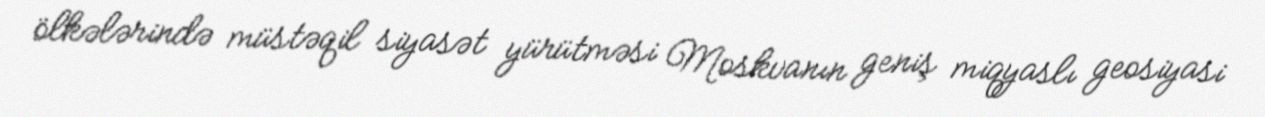
ölkələrində müstəqil siyasət yürütməsi Moskvanın geniş miqyaslı geosiyasi